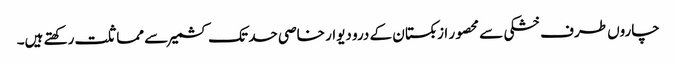
چاروں طرف خشکی سے محصور ازبکستان کے درو دیوار خاصی حد تک کشمیر سے مماثلت رکھتے ہیں۔